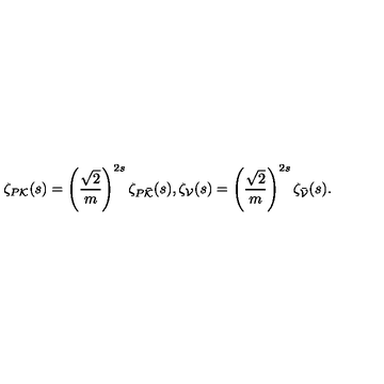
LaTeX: \zeta _ { P { \cal K } } ( s ) = \left( \frac { \sqrt { 2 } } { m } \right) ^ { 2 s } \zeta _ { P \bar { \cal K } } ( s ) , \zeta _ { \cal V } ( s ) = \left( \frac { \sqrt { 2 } } { m } \right) ^ { 2 s } \zeta _ { \bar { \cal V } } ( s ) .